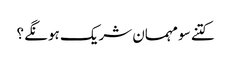
کتنے سو مہمان شریک ہونگے ؟